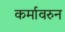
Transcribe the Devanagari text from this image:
कर्मावरुन